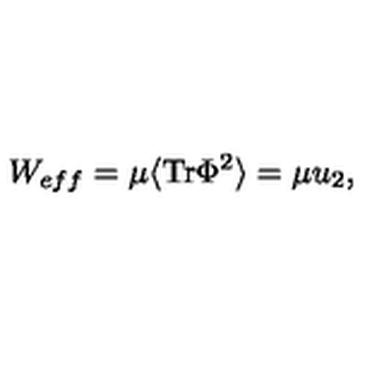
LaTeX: W _ { e f f } = \mu \langle \mathrm { T r } \Phi ^ { 2 } \rangle = \mu u _ { 2 } ,